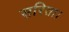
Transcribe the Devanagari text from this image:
सरिता।